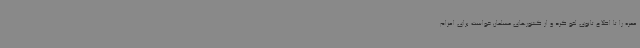
عمره را تا اطلاع ثانوی لغو کرد و از کشورهای مسلمان خواست برای اعزام